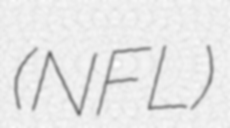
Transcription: (NFL)